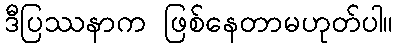
ဒီပြဿနာက ဖြစ်နေတာမဟုတ်ပါ။